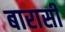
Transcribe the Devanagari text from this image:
बारासी